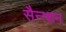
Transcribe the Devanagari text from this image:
सैन्ग्शन